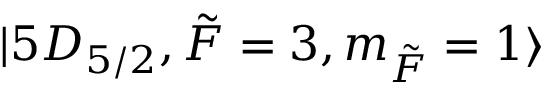
\lvert 5 D _ { 5 / 2 } , \Tilde { F } = 3 , m _ { \Tilde { F } } = 1 \rangle